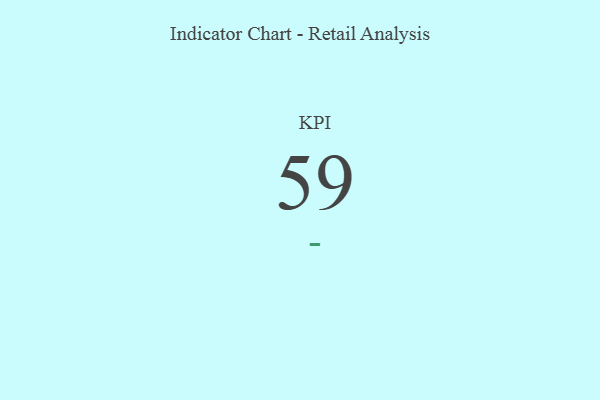
{"axis": {"x": "KPI", "y": "Value"}, "legend": [""], "data": [{"x": "KPI", "y": 59, "type": ""}]}